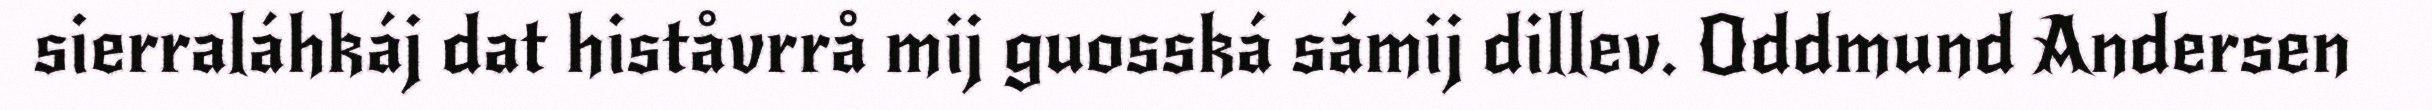
sierraláhkáj dat histåvrrå mij guosská sámij dillev. Oddmund Andersen